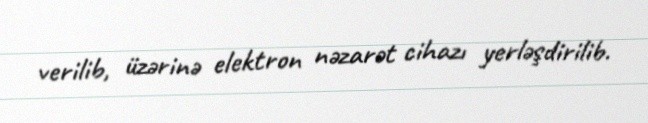
verilib, üzərinə elektron nəzarət cihazı yerləşdirilib.